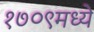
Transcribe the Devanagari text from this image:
१७०९मध्ये